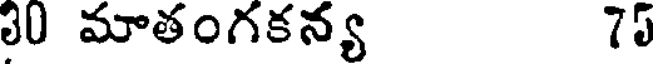
30 మాతంగకన్య 75